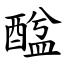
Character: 䤈